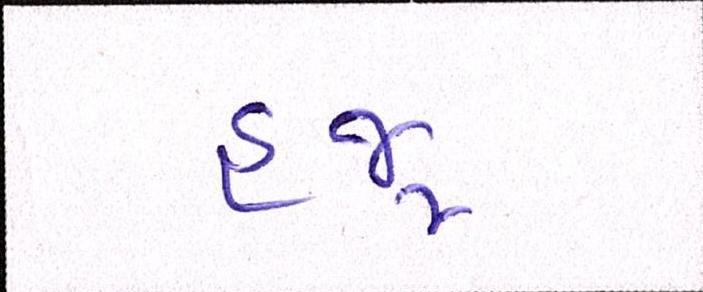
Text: હજૂ